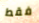
فقط